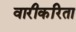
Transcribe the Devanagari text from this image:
वारीकरिता